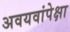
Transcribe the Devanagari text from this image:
अवयवांपेक्षा